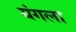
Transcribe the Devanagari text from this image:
यंगला